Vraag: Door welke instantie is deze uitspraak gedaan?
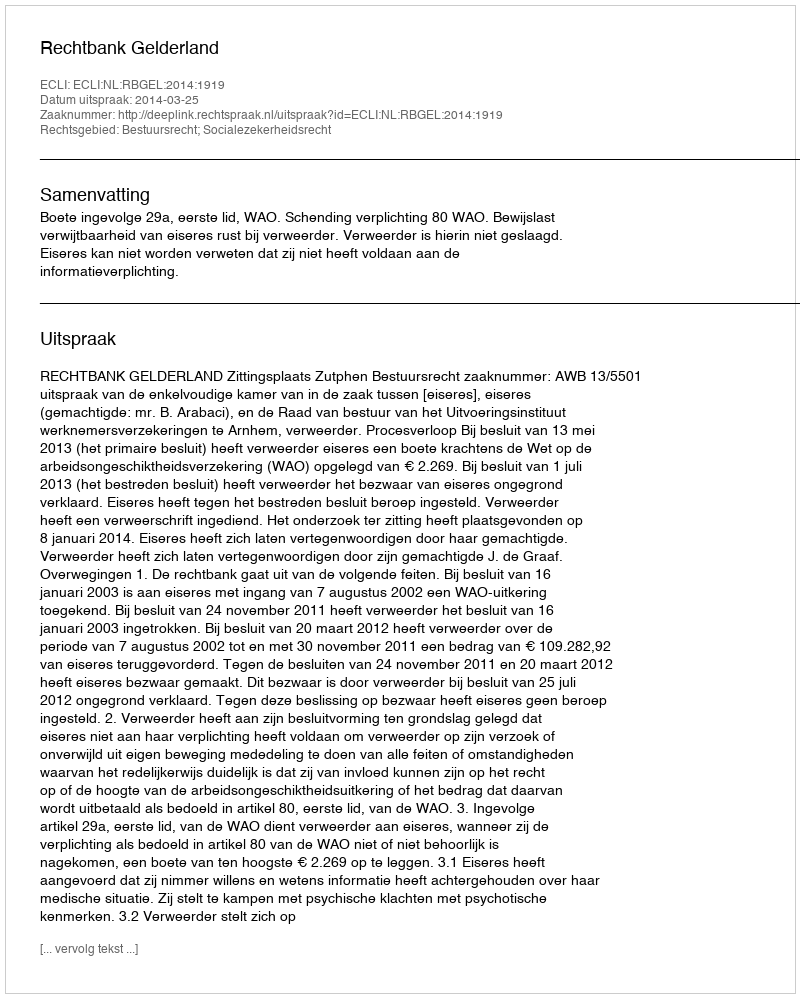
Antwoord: Rechtbank Gelderland